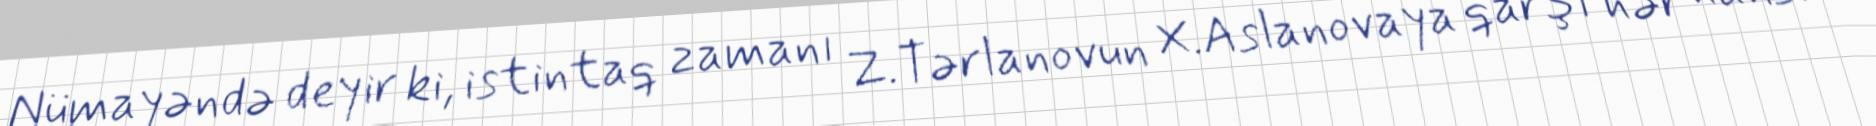
Nümayəndə deyir ki, istintaq zamanı Z.Tərlanovun X.Aslanovaya qarşı hər hansı